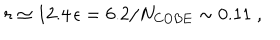
LaTeX: r \simeq 1 2 . 4 \, \epsilon = 6 . 2 / N _ { \mathrm { C O B E } } \sim 0 . 1 1 \; ,